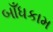
બાઁધકામ